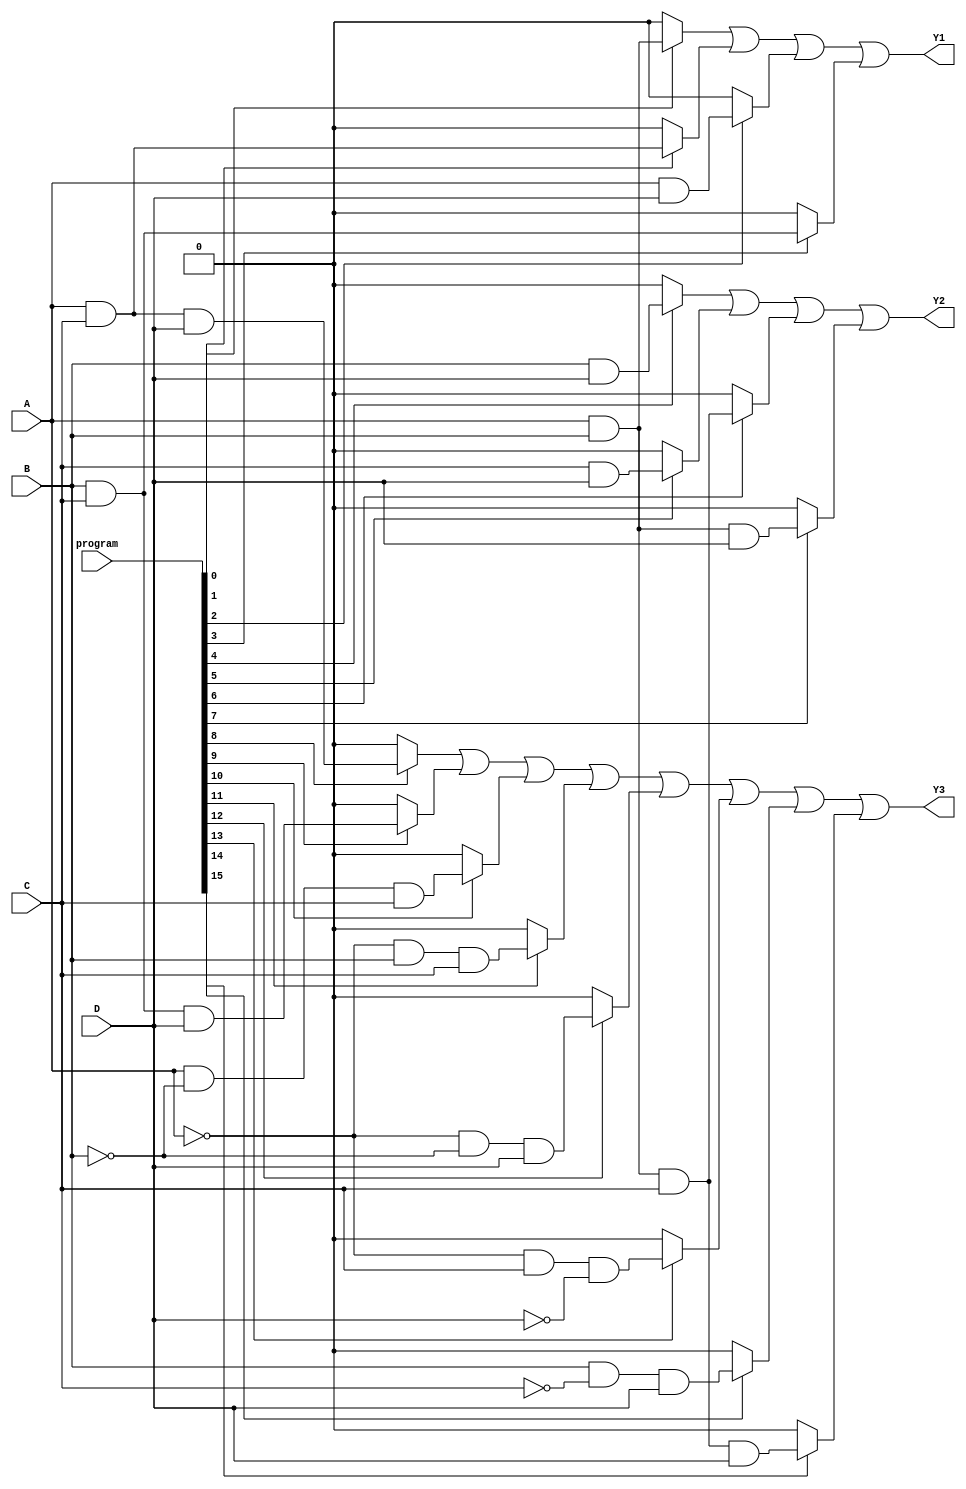
module JewelPAL (
    input wire A, B, C, D,      // Inputs
    input wire [15:0] program,  // Programming bits for AND array
    output wire Y1, Y2, Y3      // Outputs
);

// Declare internal wires for AND gates
wire and_gate0, and_gate1, and_gate2, and_gate3;
wire and_gate4, and_gate5, and_gate6, and_gate7;
wire and_gate8, and_gate9, and_gate10, and_gate11;
wire and_gate12, and_gate13, and_gate14, and_gate15;

// Programmable AND gates
assign and_gate0 = (program[0]) ? (A & B) : 1'b0;
assign and_gate1 = (program[1]) ? (A & C) : 1'b0;
assign and_gate2 = (program[2]) ? (A & D) : 1'b0;
assign and_gate3 = (program[3]) ? (B & C) : 1'b0;
assign and_gate4 = (program[4]) ? (B & D) : 1'b0;
assign and_gate5 = (program[5]) ? (C & D) : 1'b0;
assign and_gate6 = (program[6]) ? (A & B & C) : 1'b0;
assign and_gate7 = (program[7]) ? (A & B & D) : 1'b0;
assign and_gate8 = (program[8]) ? (A & C & D) : 1'b0;
assign and_gate9 = (program[9]) ? (B & C & D) : 1'b0;
assign and_gate10 = (program[10]) ? (A & ~B & C) : 1'b0;
assign and_gate11 = (program[11]) ? (~A & B & C) : 1'b0;
assign and_gate12 = (program[12]) ? (~A & ~B & D) : 1'b0;
assign and_gate13 = (program[13]) ? (~A & C & ~D) : 1'b0;
assign and_gate14 = (program[14]) ? (B & ~C & D) : 1'b0;
assign and_gate15 = (program[15]) ? (A & B & C & D) : 1'b0;

// Fixed OR array
assign Y1 = and_gate0 | and_gate1 | and_gate2 | and_gate3;
assign Y2 = and_gate4 | and_gate5 | and_gate6 | and_gate7;
assign Y3 = and_gate8 | and_gate9 | and_gate10 | and_gate11 | and_gate12 | and_gate13 | and_gate14 | and_gate15;

endmodule